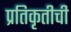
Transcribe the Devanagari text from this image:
प्रतिकृतीची